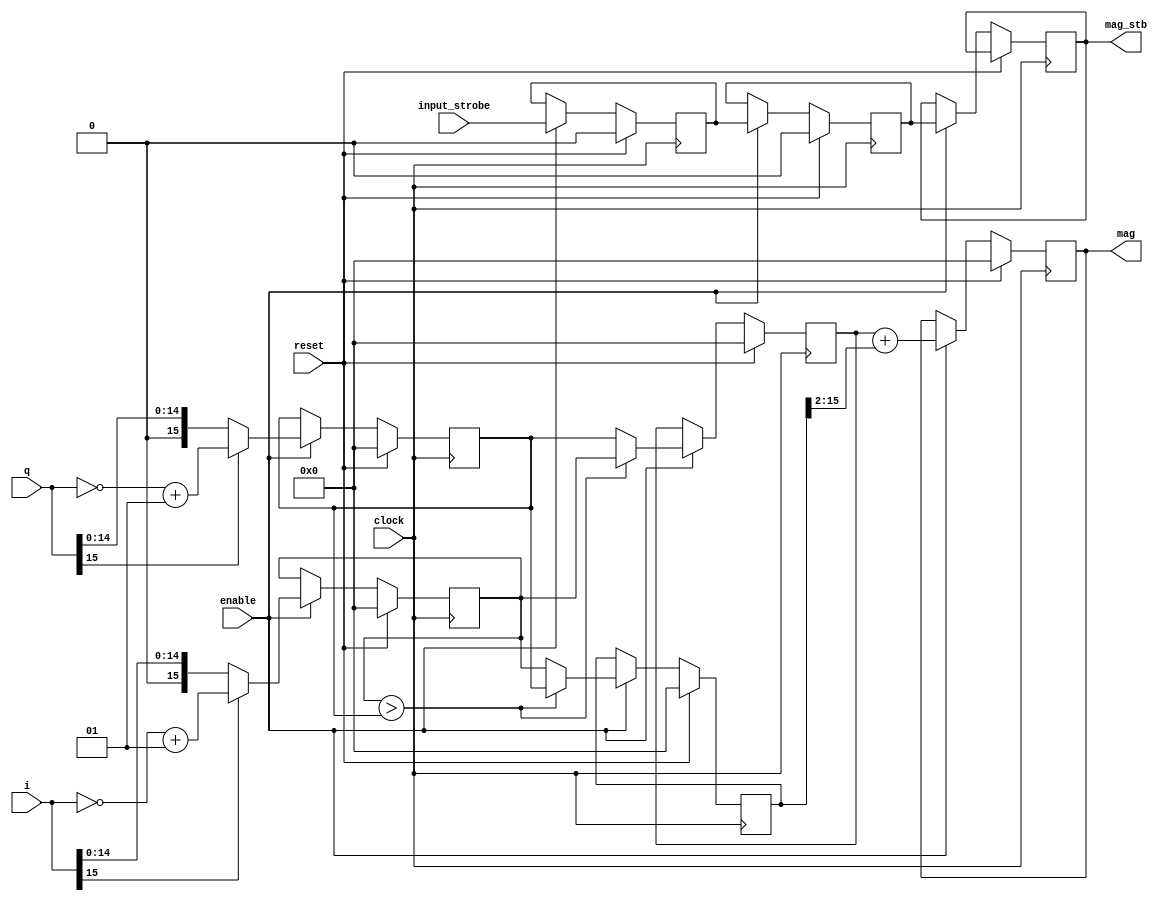
module complex_to_mag
#(
    parameter DATA_WIDTH = 16
)
(
    input clock,
    input enable,
    input reset,

    input signed [DATA_WIDTH-1:0] i,
    input signed [DATA_WIDTH-1:0] q,
    input input_strobe,

    output reg [DATA_WIDTH-1:0] mag,
    output reg mag_stb
);

reg [DATA_WIDTH-1:0] abs_i;
reg [DATA_WIDTH-1:0] abs_q;

reg [DATA_WIDTH-1:0] max;
reg[ DATA_WIDTH-1:0] min;

reg input_strobe_reg0;
reg input_strobe_reg1;

// delayT #(.DATA_WIDTH(1), .DELAY(3)) stb_delay_inst (
//     .clock(clock),
//     .reset(reset),

//     .data_in(input_strobe),
//     .data_out(mag_stb)
// );


// http://dspguru.com/dsp/tricks/magnitude-estimator
// alpha = 1, beta = 1/4
// avg err 0.006
always @(posedge clock) begin
    if (reset) begin
        mag <= 0;
        abs_i <= 0;
        abs_q <= 0;
        max <= 0;
        min <= 0;
        input_strobe_reg0 <= 0;
        input_strobe_reg1 <= 0;
    end else if (enable) begin
        abs_i <= i[DATA_WIDTH-1]? (~i+1): i;
        abs_q <= q[DATA_WIDTH-1]? (~q+1): q;

        max <= abs_i > abs_q? abs_i: abs_q;
        min <= abs_i > abs_q? abs_q: abs_i;

        mag <= max + (min>>2);

        input_strobe_reg0 <= input_strobe;
        input_strobe_reg1 <= input_strobe_reg0;
        mag_stb           <= input_strobe_reg1;
    end
end

endmodule